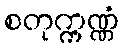
စတုက္ကဏ္ဏံ